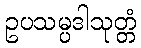
ဥပသမ္ပဒါသုတ္တံ